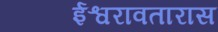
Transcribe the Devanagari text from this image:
ईश्वरावतारास